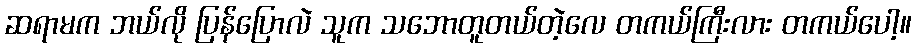
ဆရာမက ဘယ်လို ပြန်ပြောလဲ သူက သဘောတူတယ်တဲ့လေ တကယ်ကြီးလား တကယ်ပေါ့။